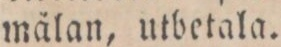
mälan, utbetala.